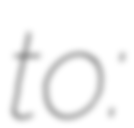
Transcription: to: